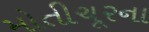
મોતીચૂરના